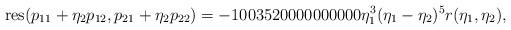
LaTeX: \begin{align*} \mathrm{res}(p_{11} + \eta_2 p_{12}, p_{21} + \eta_2 p_{22}) = -1003520000000000 \eta_1^3 (\eta_1-\eta_2)^5 r(\eta_1, \eta_2),\end{align*}